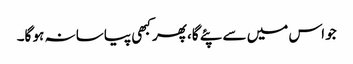
جو اس میں سے پئے گا، پھر کبھی پیاسا نہ ہو گا۔